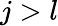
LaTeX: j>l